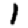
Digit: 1